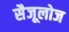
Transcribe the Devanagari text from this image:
सैजूलोज